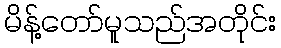
မိန့်တော်မူသည်အတိုင်း